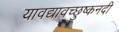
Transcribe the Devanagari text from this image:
यावद्यावच्छुष्कनदी